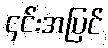
၄င်းအပြင်